Problem: 7 × 9 = ?
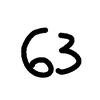
Handwritten answer: 63